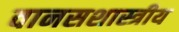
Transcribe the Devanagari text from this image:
वानसशास्त्रीय